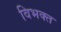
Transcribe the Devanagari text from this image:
विभक्‍त